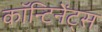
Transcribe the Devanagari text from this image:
कॉन्टिनेंट्स